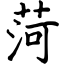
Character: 菏